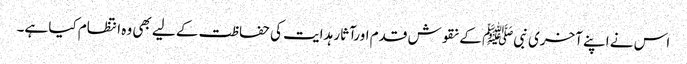
اس نے اپنے آخری نبیﷺ کے نقوش قدم اورآثار ہدایت کی حفاظت کے لیے بھی وہ انتظام کیا ہے۔